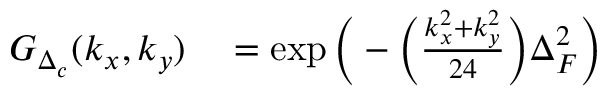
\begin{array} { r l } { G _ { \Delta _ { c } } ( k _ { x } , k _ { y } ) } & { { } = \exp \bigg ( - \Big ( \frac { k _ { x } ^ { 2 } + k _ { y } ^ { 2 } } { 2 4 } \Big ) \Delta _ { F } ^ { 2 } \bigg ) } \end{array}